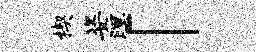
楔姿暝「